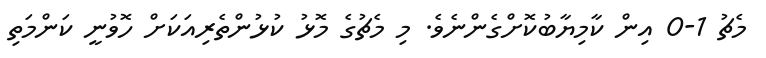
މެޗު 1-0 އިން ކާމިޔާބުކޮށްގެންނެވެ. މި މެޗުގެ މޮޅު ކުޅުންތެރިއަކަށް ހޮވުނީ ކަންމަތި